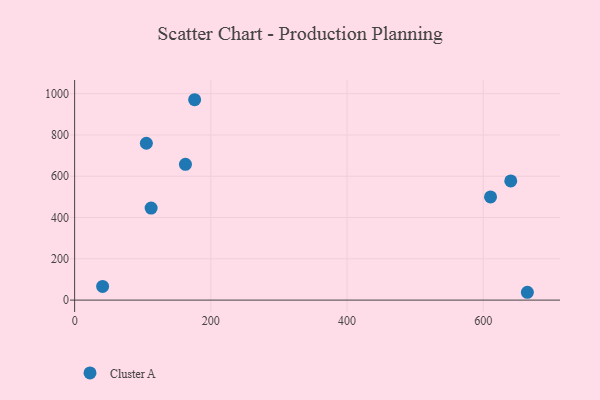
{"axis": {"x": "Speed", "y": "Fuel Efficiency"}, "legend": ["Cluster A"], "data": [{"x": "162.7", "y": 657.6, "type": "Cluster A"}, {"x": "640.4", "y": 577.4, "type": "Cluster A"}, {"x": "664.8", "y": 37.9, "type": "Cluster A"}, {"x": "112.3", "y": 446.0, "type": "Cluster A"}, {"x": "610.7", "y": 499.7, "type": "Cluster A"}, {"x": "105.3", "y": 759.9, "type": "Cluster A"}, {"x": "41.1", "y": 66.4, "type": "Cluster A"}, {"x": "176.2", "y": 970.7, "type": "Cluster A"}]}